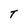
Character: T